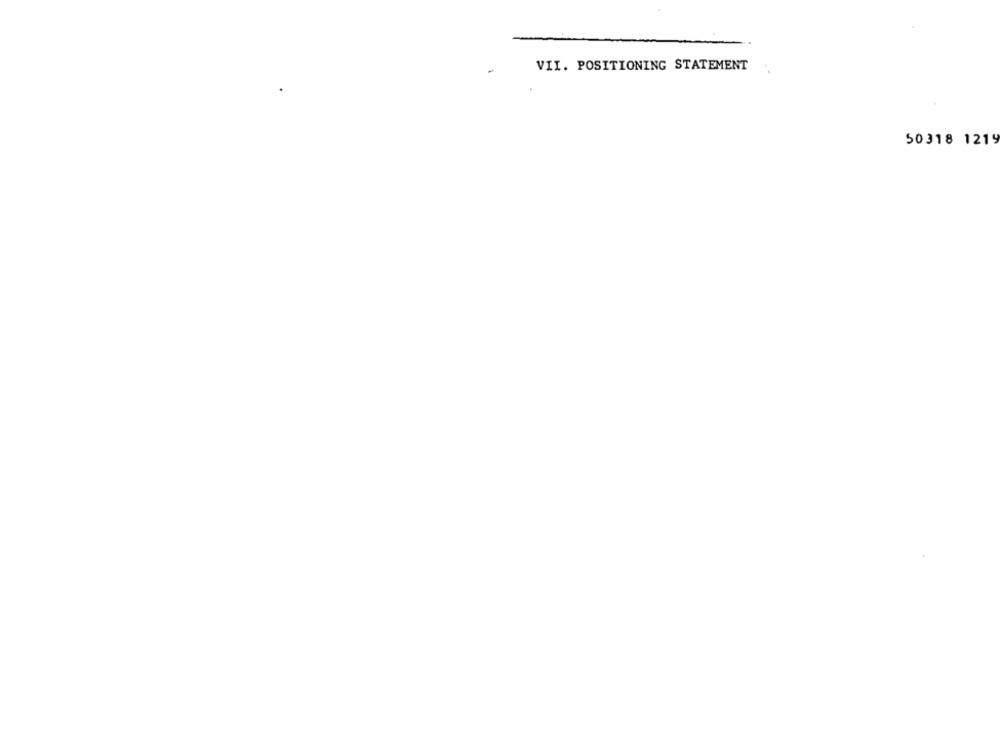
VII. POSITIONING STATEMENT
50318 1219